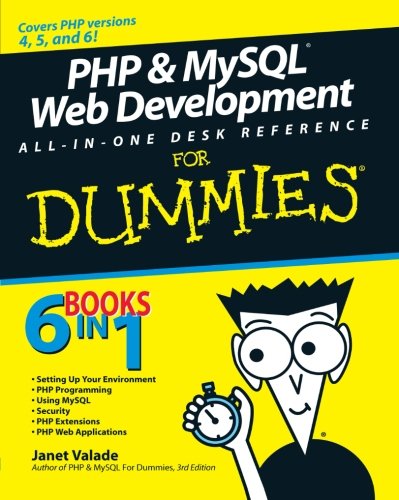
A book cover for PHP and MySQL Web Development All-in-One Desk Reference For Dummies; Janet Valade; Computers & Technology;